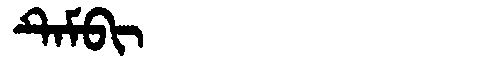
Manchu: ᡨᡝᠮᠪᡳ
Romanization: TEMBI